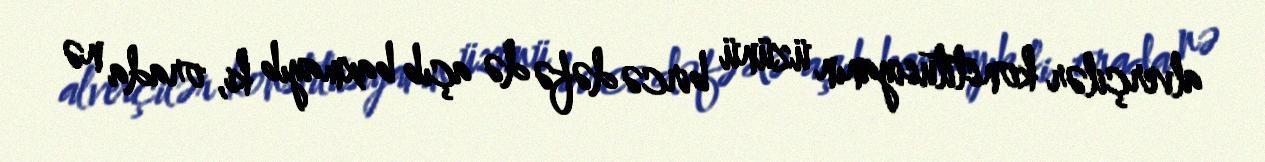
alverçilər konstitusiyanın üzünü bircə dəfə də açıb baxmayıb ki, orada nə